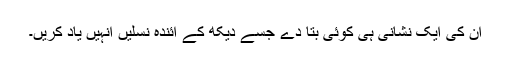
ان کی ایک نشانی ہی کوئی بتا دے جسے دیکھ کے آئندہ نسلیں انہیں یاد کریں۔